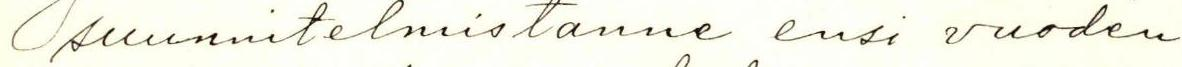
suunnitelmistanne ensi vuoden